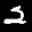
Label: 2